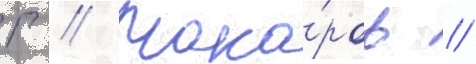
Г // Мака́ров //